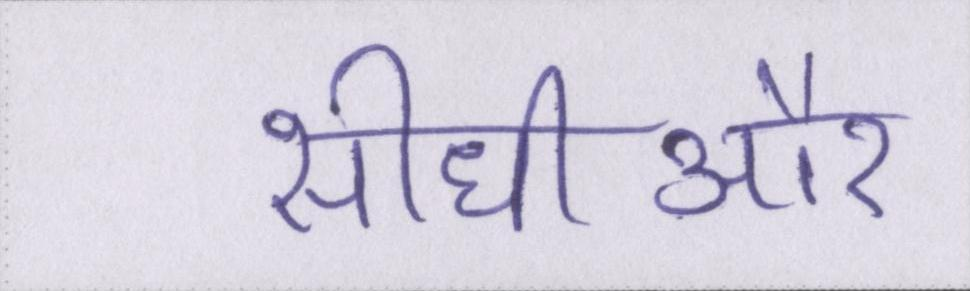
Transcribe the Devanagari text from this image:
सीधीऔर